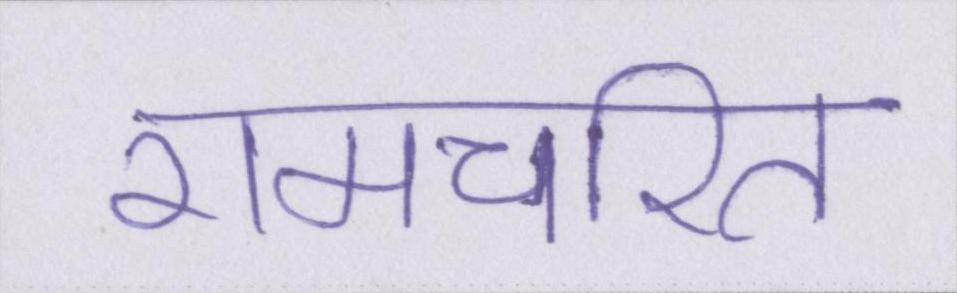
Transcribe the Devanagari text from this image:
रामचरित